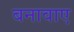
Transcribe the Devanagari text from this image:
बनावाए